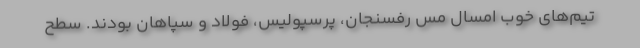
تیم‌های خوب امسال مس رفسنجان، پرسپولیس، فولاد و سپاهان بودند. سطح